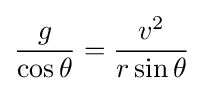
{\frac {g}{\cos \theta }}={\frac {v^{2}}{r\sin \theta }}